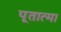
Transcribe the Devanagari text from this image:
पूतात्मा